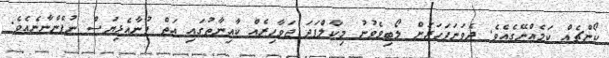
ކޯންޗެއް ކަމެއްނޭގެއެވެ. ދެވަނަފަހަރަށް ލޯބިވެވުނު މިކާލްފަދަ ޖަވާހިރެއް ކާއިނާތުގައި އަތް ފުނާއެޅިޔަސް ނުފެންނާނެއެވެ.